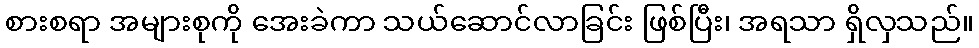
စားစရာ အများစုကို အေးခဲကာ သယ်ဆောင်လာခြင်း ဖြစ်ပြီး၊ အရသာ ရှိလှသည်။